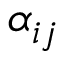
\alpha _ { i j }